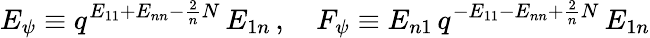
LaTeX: E_{\psi}\equiv q^{E_{11}+E_{nn}-\frac{2}{n}N}\, E_{1n}\, ,~~~~F_{\psi}\equiv E_{n1}\, q^{-E_{11}-E_{nn}+\frac{2}{n}N}\, E_{1n}